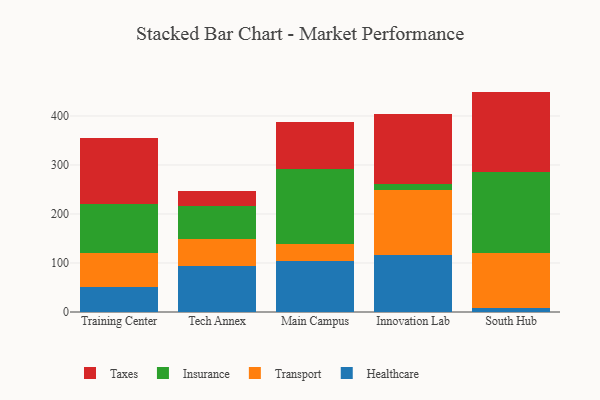
{"axis": {"x": "Campus", "y": "Operating Costs (USD K)"}, "legend": ["Healthcare", "Insurance", "Taxes", "Transport"], "data": [{"x": "Training Center", "y": 51.5, "type": "Healthcare"}, {"x": "Training Center", "y": 69.7, "type": "Transport"}, {"x": "Training Center", "y": 98.9, "type": "Insurance"}, {"x": "Training Center", "y": 134.6, "type": "Taxes"}, {"x": "Tech Annex", "y": 94.1, "type": "Healthcare"}, {"x": "Tech Annex", "y": 55.7, "type": "Transport"}, {"x": "Tech Annex", "y": 66.1, "type": "Insurance"}, {"x": "Tech Annex", "y": 31.0, "type": "Taxes"}, {"x": "Main Campus", "y": 103.8, "type": "Healthcare"}, {"x": "Main Campus", "y": 34.0, "type": "Transport"}, {"x": "Main Campus", "y": 154.1, "type": "Insurance"}, {"x": "Main Campus", "y": 96.1, "type": "Taxes"}, {"x": "Innovation Lab", "y": 116.3, "type": "Healthcare"}, {"x": "Innovation Lab", "y": 133.4, "type": "Transport"}, {"x": "Innovation Lab", "y": 11.4, "type": "Insurance"}, {"x": "Innovation Lab", "y": 142.4, "type": "Taxes"}, {"x": "South Hub", "y": 7.7, "type": "Healthcare"}, {"x": "South Hub", "y": 113.3, "type": "Transport"}, {"x": "South Hub", "y": 165.5, "type": "Insurance"}, {"x": "South Hub", "y": 163.3, "type": "Taxes"}]}